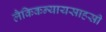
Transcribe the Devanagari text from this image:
लैकिकन्यायसाहसी